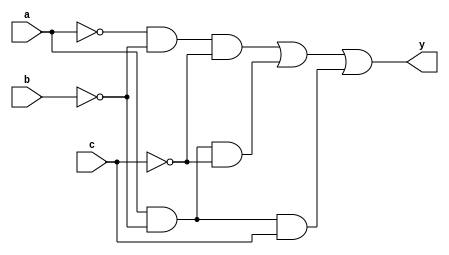
module silly_function (
    input  a,
    b,
    c,
    output y
);

  assign y = ~a & ~b & ~c | a & ~b & ~c | a & ~b & c;

endmodule  //silly_function